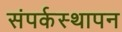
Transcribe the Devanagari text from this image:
संपर्कस्थापन